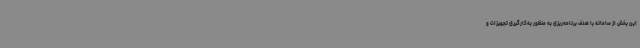
این بخش از سامانه با هدف برنامه‌ریزی به منظور به‌کارگیری تجهیزات و